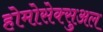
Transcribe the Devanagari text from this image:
होमोसेक्सुअल